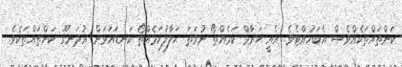
ކަންތައްތަކެއްވެސް އެބަހުއްޓެވެ. އެއީ ޙަރާމް ކަމެއްތޯ ނުވަތަ ޙަލާލުކަމެއްތޯ ކަނޑައަޅަން އުދަނގޫ ކަންތައްތަކެވެ.